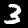
Label: 3